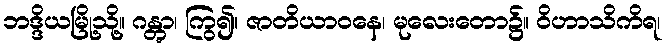
ဘဒ္ဒိယမြို့သို့။ ဂန္တွာ၊ ကြွ၍။ ဇာတိယာဝနေ၊ မုလေးတော၌။ ဝိဟာသိကိရ၊